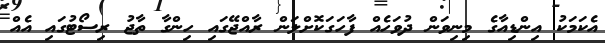
އެކަމަކު އިންޑިއާގެ މިނިވަން ދުވަހެއް ފާހަަގަކޮށްލަން ރާއްޖޭގައި ހިންގާ ތާޖު ރިސޯޓުގައި އެއް